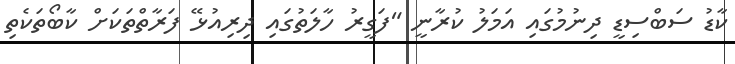
ކާޑު ސަބްސިޑީ ދިނުމުގައި އަމަލު ކުރާނީ "ފަގީރު ހާލަތުގައި ދިރިއުޅޭ ފަރާތްތަކަށް ކާބޯތަކެތި